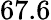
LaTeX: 67.6